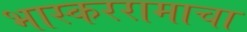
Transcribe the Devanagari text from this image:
भास्कररामाचा